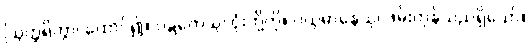
ဩတ္ထရိတွာ၊ ထောင်၍။ ဝဋ္ဋကေသု၊ ငုံးတို့ကို။ ဂယှမာနေသု၊ ဖမ်းကုန်သည်ရှိသော်။